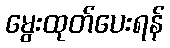
မွေးထုတ်ပေးရန်